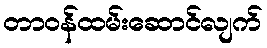
တာဝန်ထမ်းဆောင်လျက်